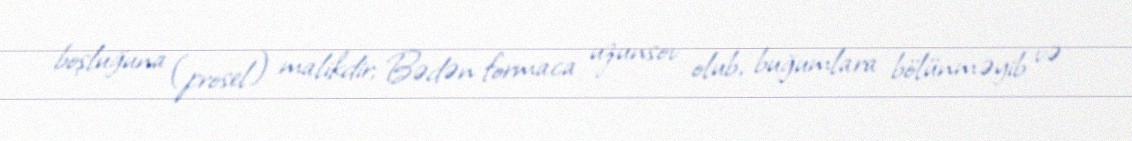
boşluğuna (prosel) malikdir; Bədən formaca uzunsov olub, buğumlara bölünməyib və